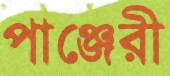
পাঞ্জেরী